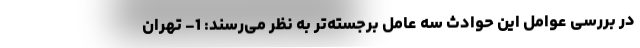
در بررسی عوامل این حوادث سه عامل برجسته‌تر به نظر می‌رسند: 1- تهران